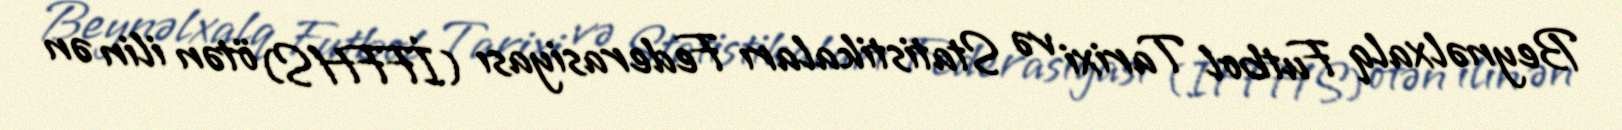
Beynəlxalq Futbol Tarixi və Statistikaları Federasiyası (İFFHS) ötən ilin ən